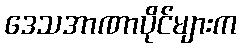
ဒေသအာဏာပိုင်များက